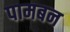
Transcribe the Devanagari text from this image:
पामबन